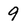
Character: 9